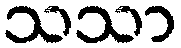
သသာ